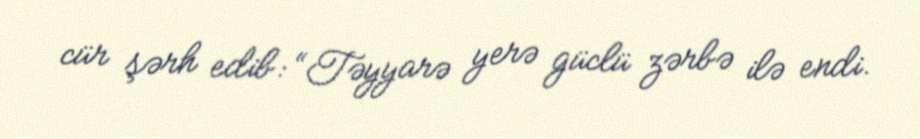
cür şərh edib: “Təyyarə yerə güclü zərbə ilə endi.